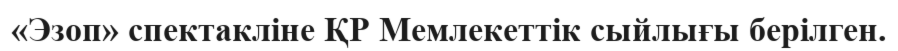
«Эзоп» спектакліне ҚР Мемлекеттік сыйлығы берілген.